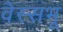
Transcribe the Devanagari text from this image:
वेस्सभू